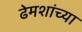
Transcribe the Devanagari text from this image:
ढेमशांच्या